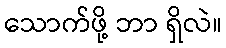
သောက်ဖို့ ဘာ ရှိလဲ။